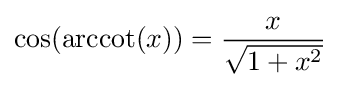
\cos(\operatorname {arccot} (x))={\frac {x}{\sqrt {1+x^{2}}}}